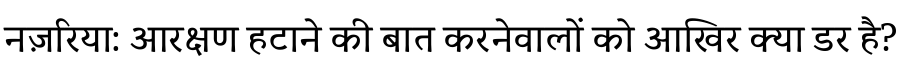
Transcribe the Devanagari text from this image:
नज़रिया: आरक्षण हटाने की बात करनेवालों को आखिर क्या डर है?